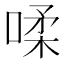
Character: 㖻